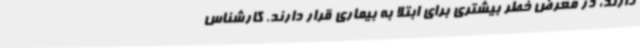
دارند، در معرض خطر بیشتری برای ابتلا به بیماری قرار دارند. کارشناس